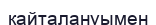
қайталануымен